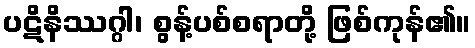
ပဋိနိဿဂ္ဂါ၊ စွန့်ပစ်စရာတို့ ဖြစ်ကုန်၏။